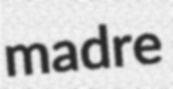
madre